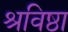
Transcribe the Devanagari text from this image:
श्रविष्ठा